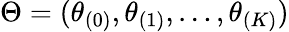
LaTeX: \Theta=(\theta_{(0)},\theta_{(1)},\ldots,\theta_{(K)})